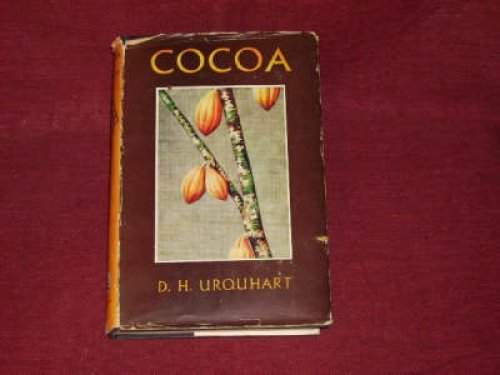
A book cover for Cocoa.; D. H. Urquhart; Science & Math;